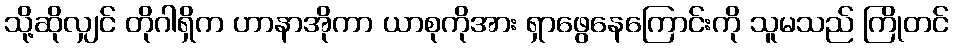
သို့ဆိုလျှင် တိုဂါရှိက ဟာနာအိုကာ ယာစုကိုအား ရှာဖွေနေကြောင်းကို သူမသည် ကြိုတင်